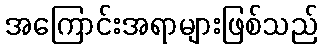
အကြောင်းအရာများဖြစ်သည်